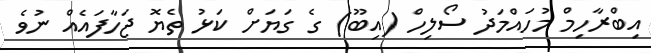
އިބްރާހިމް މުހައްމަދު ސޯލިހް (އިބޫ) ގެ ގަޔަށް ކަޅު ތެޔޮ ޖަހާފައެއް ނުވެ